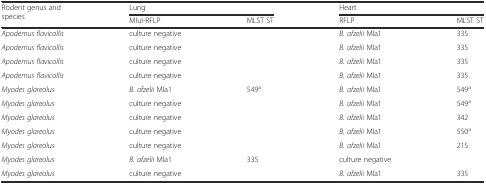
<table><thead><tr><td rowspan="2"><b>Rodent genus and species</b></td><td colspan="2"><b>Lung</b></td><td colspan="2"><b>Heart</b></td></tr><tr><td><b>MluI-RFLP</b></td><td><b>MLST ST</b></td><td><b>RFLP</b></td><td><b>MLST ST</b></td></tr></thead><tbody><tr><td><i>Apodemus flavicollis</i></td><td>culture negative</td><td></td><td><i>B. afzelii</i> Mla1</td><td>335</td></tr><tr><td><i>Apodemus flavicollis</i></td><td>culture negative</td><td></td><td><i>B. afzelii</i> Mla1</td><td>335</td></tr><tr><td><i>Apodemus flavicollis</i></td><td>culture negative</td><td></td><td><i>B. afzelii</i> Mla1</td><td>335</td></tr><tr><td><i>Apodemus flavicollis</i></td><td>culture negative</td><td></td><td><i>B. afzelii</i> Mla1</td><td>335</td></tr><tr><td><i>Myodes glareolus</i></td><td><i>B. afzelii</i> Mla1</td><td>549<sup>a</sup></td><td><i>B. afzelii</i> Mla1</td><td>549<sup>a</sup></td></tr><tr><td><i>Myodes glareolus</i></td><td>culture negative</td><td></td><td><i>B. afzelii</i> Mla1</td><td>549<sup>a</sup></td></tr><tr><td><i>Myodes glareolus</i></td><td>culture negative</td><td></td><td><i>B. afzelii</i> Mla1</td><td>342</td></tr><tr><td><i>Myodes glareolus</i></td><td>culture negative</td><td></td><td><i>B. afzelii</i> Mla1</td><td>550<sup>a</sup></td></tr><tr><td><i>Myodes glareolus</i></td><td>culture negative</td><td></td><td><i>B. afzelii</i> Mla1</td><td>215</td></tr><tr><td><i>Myodes glareolus</i></td><td><i>B. afzelii</i> Mla1</td><td>335</td><td>culture negative</td><td></td></tr><tr><td><i>Myodes glareolus</i></td><td>culture negative</td><td></td><td><i>B. afzelii</i> Mla1</td><td>335</td></tr></tbody></table>